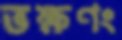
ভক্ষণং